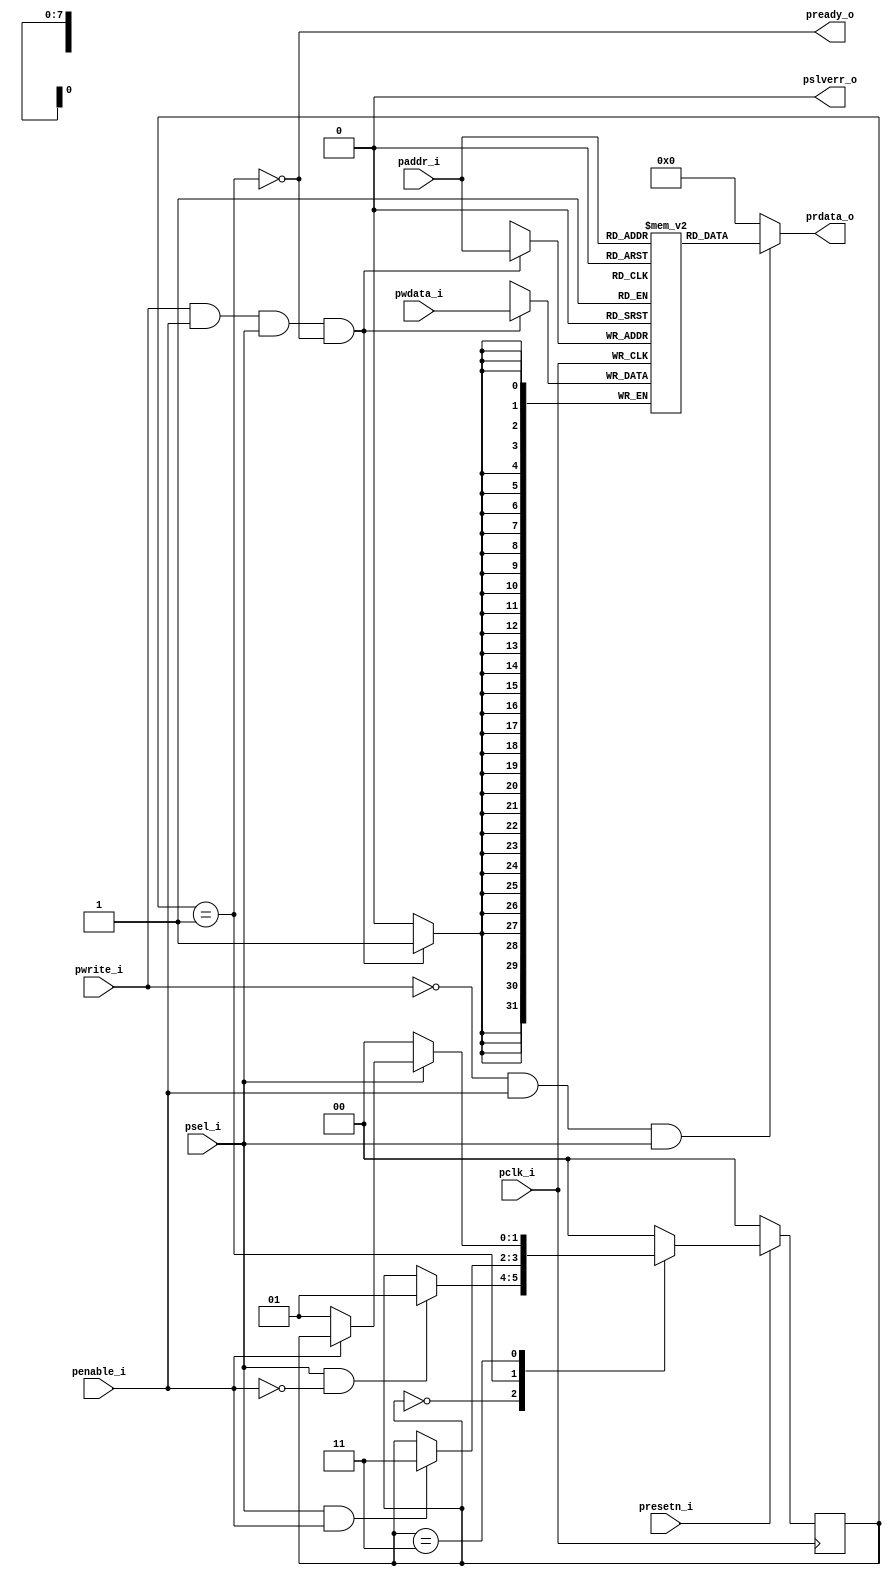
module Memory(

input pclk_i,
input presetn_i,
input psel_i,
input penable_i,
input [7:0] paddr_i,
input [31:0] pwdata_i,
input pwrite_i,
output reg [31:0] prdata_o,
output pready_o,
output pslverr_o

);

reg [31:0] mem [0:255];
wire wr_en, rd_en;

localparam idle = 2'b00;
localparam setup = 2'b01;
localparam acces = 2'b11;

reg [1:0] stare, stare_urm;

assign wr_en = pwrite_i & penable_i & psel_i & pready_o;
assign rd_en = ~pwrite_i & penable_i & psel_i;

always@(posedge pclk_i)
if(wr_en)
mem[paddr_i] <= pwdata_i;

always@(*)
if(rd_en)
prdata_o = mem[paddr_i];
else
prdata_o = 0;

always@(posedge pclk_i)
begin
if(presetn_i == 0)
stare <= idle;
else
stare <= stare_urm;
end

always@(*)
begin

stare_urm = stare;

case(stare)

idle: 
if(psel_i && ~penable_i)
stare_urm = setup;

setup:
if(psel_i && penable_i)
stare_urm = acces;

acces:
begin
if(~psel_i)
stare_urm = idle;
else
if(~penable_i)
stare_urm = setup;  
end

default: stare_urm = idle;
endcase
 
end

assign pready_o = ~(stare==setup); 

assign pslverr_o = 0;

endmodule